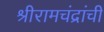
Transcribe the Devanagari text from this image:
श्रीरामचंद्रांची